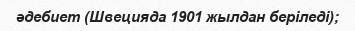
әдебиет (Швецияда 1901 жылдан беріледі);